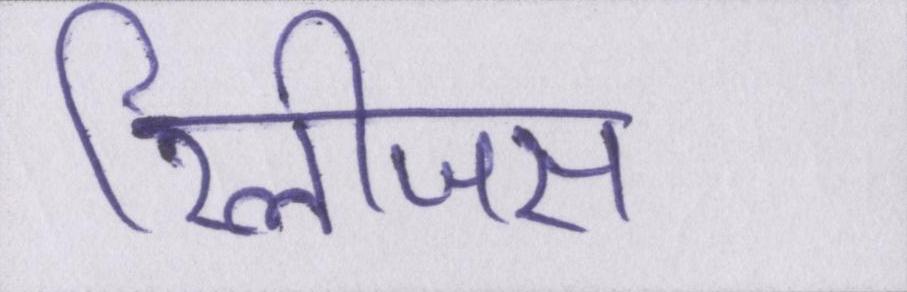
रिलीजस